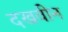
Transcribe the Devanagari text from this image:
दखवीन